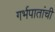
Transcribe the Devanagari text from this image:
गर्भपातांची